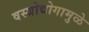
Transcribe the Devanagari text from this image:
वस्त्रोद्योगामुळे